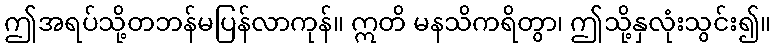
ဤအရပ်သို့တဘန်မပြန်လာကုန်။ ဣတိ မနသိကရိတွာ၊ ဤသို့နှလုံးသွင်း၍။